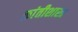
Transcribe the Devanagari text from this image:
क्रांतीशास्त्र